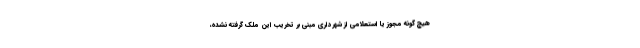
هیچ گونه مجوز یا استعلامی از شهرداری مبنی بر تخریب این ملک گرفته نشده،